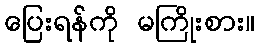
ပြေးရန်ကို မကြိုးစား။